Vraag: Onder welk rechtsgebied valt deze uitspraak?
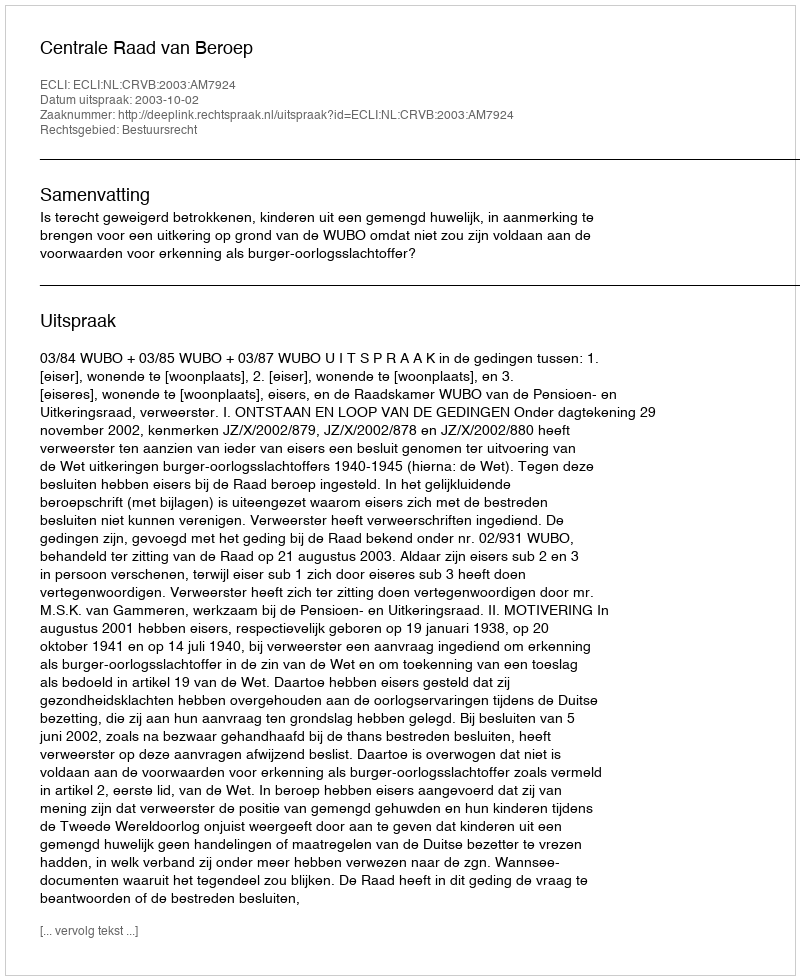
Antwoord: Bestuursrecht